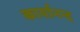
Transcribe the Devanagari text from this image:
कार्यानन्द